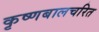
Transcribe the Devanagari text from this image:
कृष्णबालचरित